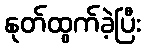
နုတ်ထွက်ခဲ့ပြီး